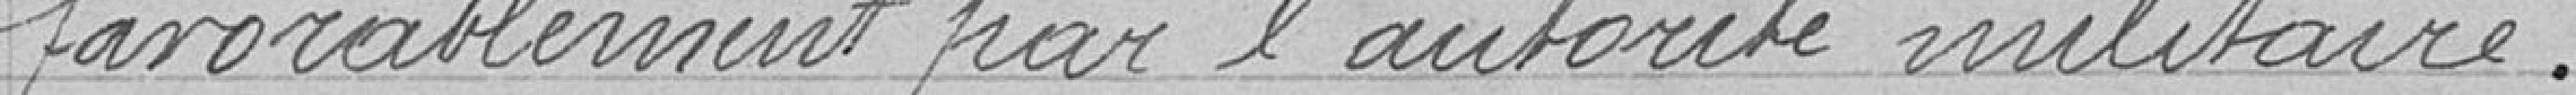
favorablement par l'autorité militaire.